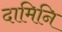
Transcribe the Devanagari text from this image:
दामिनि